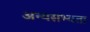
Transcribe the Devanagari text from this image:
अन्यसभ्यता